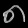
Digit: ၈